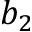
b _ { 2 }